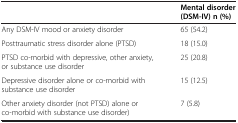
<table><thead><tr><td><b> </b></td><td><b>Mental disorder (DSM-IV) n (%)</b></td></tr></thead><tbody><tr><td>Any DSM-IV mood or anxiety disorder</td><td>65 (54.2)</td></tr><tr><td>Posttraumatic stress disorder alone (PTSD)</td><td>18 (15.0)</td></tr><tr><td>PTSD co-morbid with depressive, other anxiety, or substance use disorder</td><td>25 (20.8)</td></tr><tr><td>Depressive disorder alone or co-morbid with substance use disorder</td><td>15 (12.5)</td></tr><tr><td>Other anxiety disorder (not PTSD) alone or co-morbid with substance use disorder)</td><td>7 (5.8)</td></tr></tbody></table>